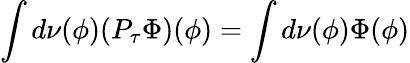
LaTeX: \int d\nu(\phi)(P_{\tau}\Phi)(\phi)=\int d\nu(\phi)\Phi(\phi)